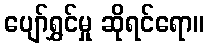
ပျော်ရွှင်မှု ဆိုရင်ရော။